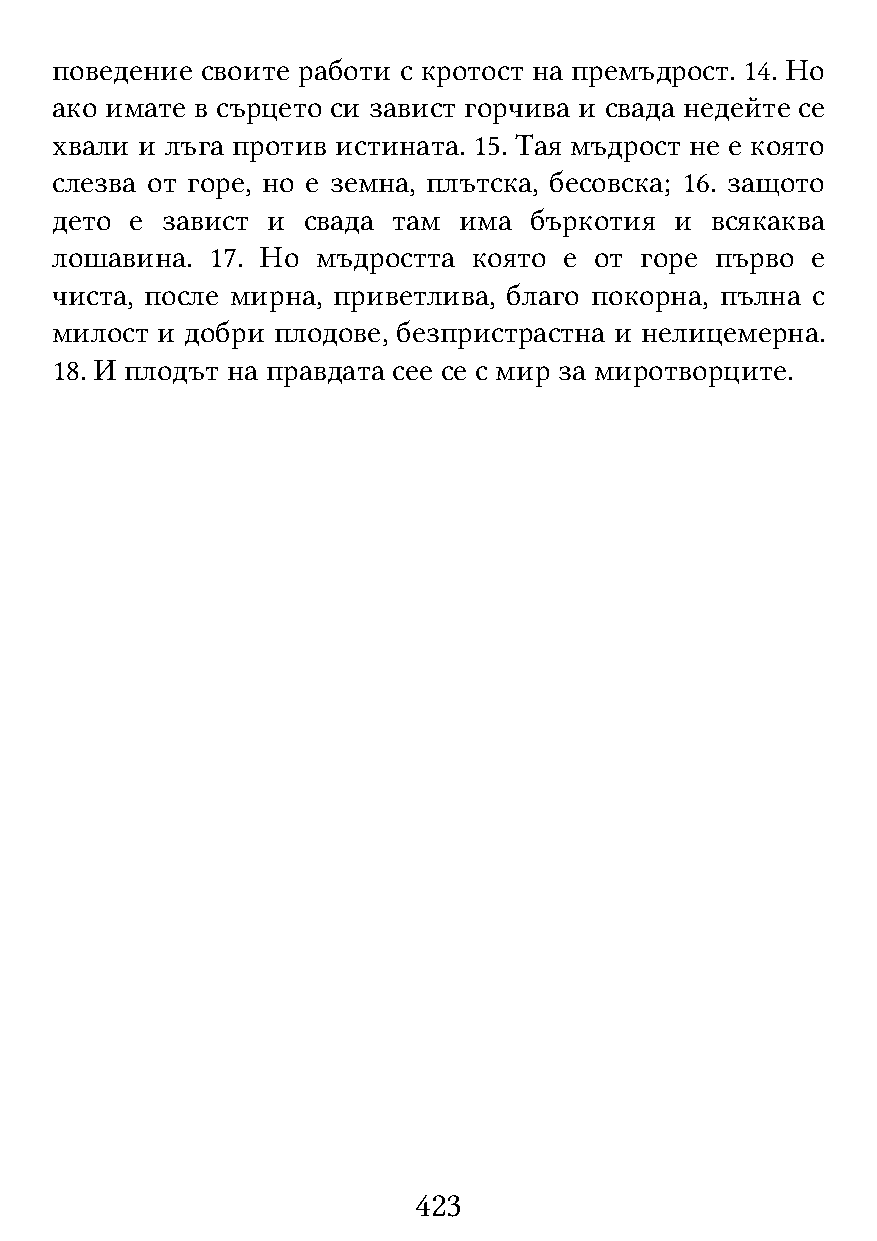
поведение своите работи с кротост на премъдрост. 14. Но
 ако имате в сърцето си завист горчива и свада недейте се
 хвали и лъга против истината. 15. Тая мъдрост не е която
 слезва от горе, но е земна, плътска, бесовска; 16. защото
 дето  е завист и свада там има  бъркотия  и всякаква
 лошавина.  17. Но мъдростта която е от горе първо  е
 чиста, после мирна, приветлива, благо покорна, пълна с
 милост и добри плодове, безпристрастна и нелицемерна.
 18. И плодът на правдата сее се с мир за миротворците.
 423